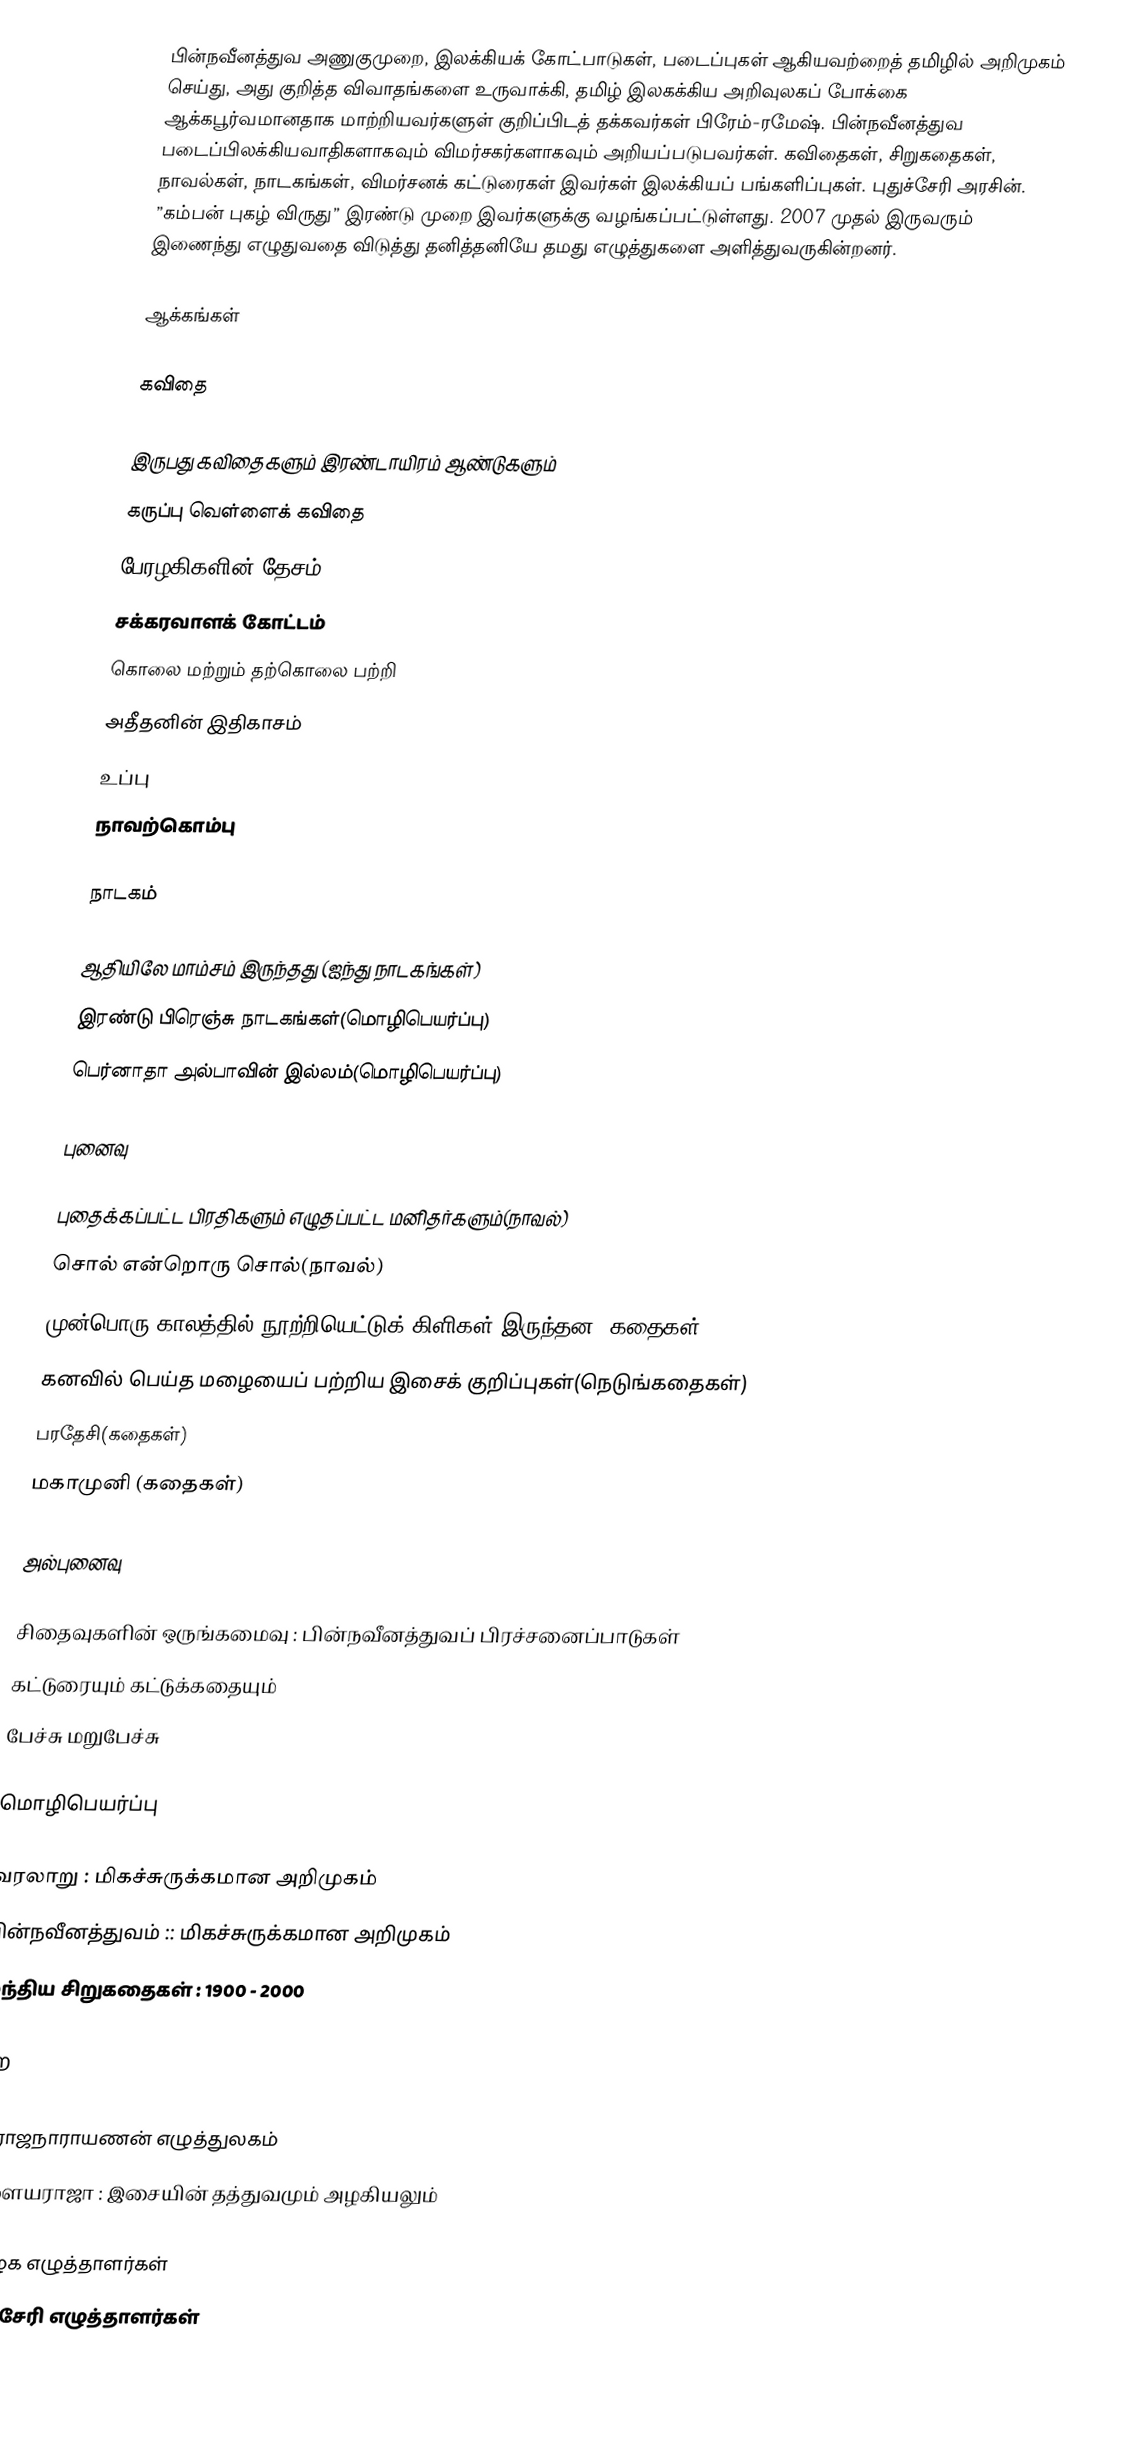
பின்நவீனத்துவ அணுகுமுறை, இலக்கியக் கோட்பாடுகள், படைப்புகள் ஆகியவற்றைத் தமிழில் அறிமுகம் செய்து, அது குறித்த விவாதங்களை உருவாக்கி, தமிழ் இலகக்கிய அறிவுலகப் போக்கை ஆக்கபூர்வமானதாக மாற்றியவர்களுள் குறிப்பிடத் தக்கவர்கள் பிரேம்-ரமேஷ். பின்நவீனத்துவ படைப்பிலக்கியவாதிகளாகவும் விமர்சகர்களாகவும் அறியப்படுபவர்கள். கவிதைகள், சிறுகதைகள், நாவல்கள், நாடகங்கள், விமர்சனக் கட்டுரைகள் இவர்கள் இலக்கியப் பங்களிப்புகள். புதுச்சேரி அரசின். ”கம்பன் புகழ் விருது” இரண்டு முறை இவர்களுக்கு வழங்கப்பட்டுள்ளது. 2007 முதல்  இருவரும் இணைந்து எழுதுவதை விடுத்து தனித்தனியே தமது எழுத்துகளை அளித்துவருகின்றனர்.

ஆக்கங்கள்

கவிதை

 இருபது கவிதைகளும் இரண்டாயிரம் ஆண்டுகளும்
 கருப்பு வெள்ளைக் கவிதை
 பேரழகிகளின் தேசம்
 சக்கரவாளக் கோட்டம்
 கொலை மற்றும் தற்கொலை பற்றி
 அதீதனின் இதிகாசம்
 உப்பு
 நாவற்கொம்பு

நாடகம்

 ஆதியிலே மாம்சம் இருந்தது (ஐந்து நாடகங்கள்)
 இரண்டு பிரெஞ்சு நாடகங்கள்(மொழிபெயர்ப்பு)
 பெர்னாதா அல்பாவின் இல்லம்(மொழிபெயர்ப்பு)

புனைவு

 புதைக்கப்பட்ட பிரதிகளும் எழுதப்பட்ட மனிதர்களும்(நாவல்)
 சொல் என்றொரு சொல்(நாவல்)
 முன்பொரு காலத்தில் நூற்றியெட்டுக் கிளிகள் இருந்தன (கதைகள்)
 கனவில் பெய்த மழையைப் பற்றிய இசைக் குறிப்புகள்(நெடுங்கதைகள்)
 பரதேசி(கதைகள்)
 மகாமுனி (கதைகள்)

அல்புனைவு

 சிதைவுகளின் ஒருங்கமைவு : பின்நவீனத்துவப் பிரச்சனைப்பாடுகள்
 கட்டுரையும் கட்டுக்கதையும்
 பேச்சு மறுபேச்சு

மொழிபெயர்ப்பு

 வரலாறு : மிகச்சுருக்கமான அறிமுகம்
 பின்நவீனத்துவம்  :: மிகச்சுருக்கமான அறிமுகம்
 இந்திய சிறுகதைகள் : 1900 - 2000

பிற

 கி. ராஜநாராயணன் எழுத்துலகம்
 இளையராஜா : இசையின் தத்துவமும் அழகியலும்

தமிழக எழுத்தாளர்கள்
புதுச்சேரி எழுத்தாளர்கள்